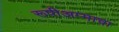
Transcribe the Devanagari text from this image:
रूपीअम्माचा